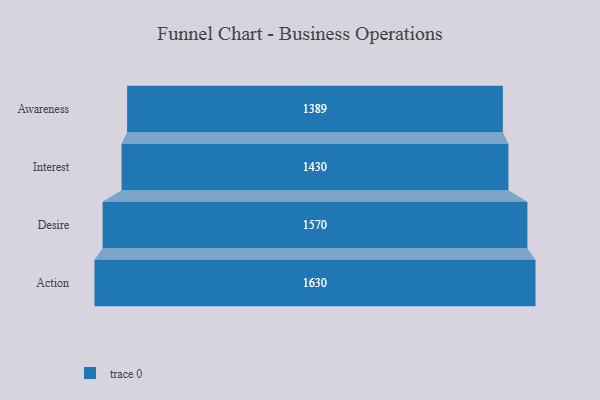
{"axis": {"x": "Stage", "y": "Value"}, "legend": [""], "data": [{"x": "Awareness", "y": 1389.0, "type": ""}, {"x": "Interest", "y": 1430.0, "type": ""}, {"x": "Desire", "y": 1570.0, "type": ""}, {"x": "Action", "y": 1630.0, "type": ""}]}